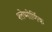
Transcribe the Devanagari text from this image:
श्लेष्मोर्णिक